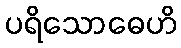
ပရိသောဓေဟိ